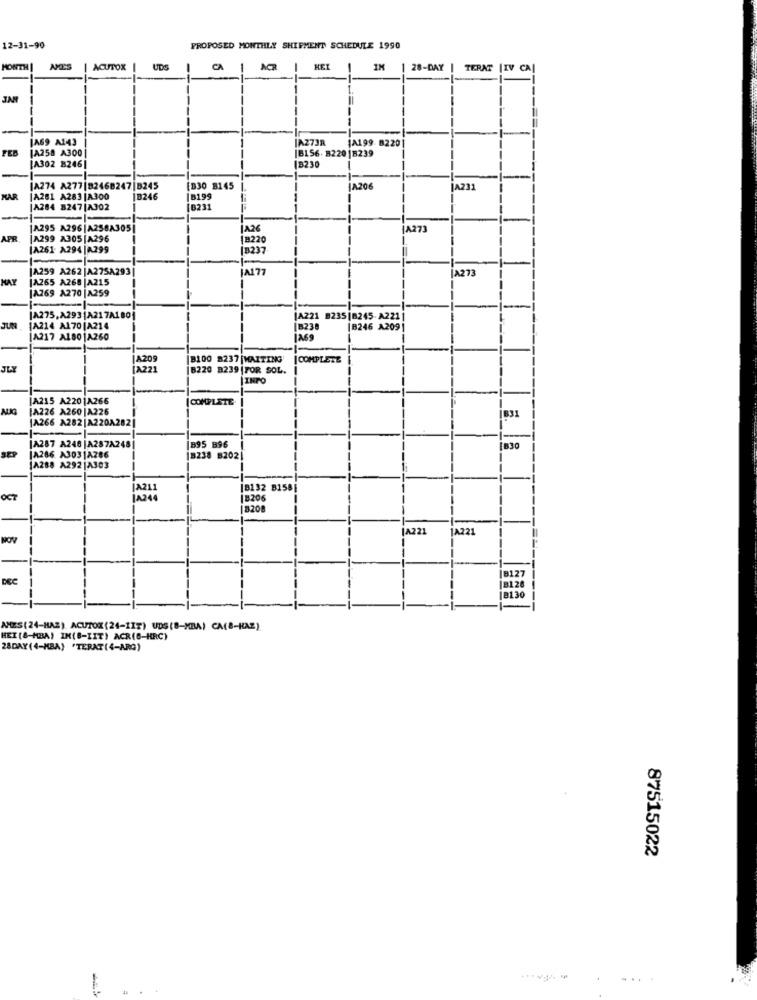
12-31-90
PROPOSED MONTHLY SHIPMENT SCHEDULE 1990
MONTH
ACUTOX
UDS
CA
ACR
HET
1M | 28-DAY
TERAT |IV CA
JA69 A143
A273R
A199 8220
FEB
JA258 A300
18156. B220|B239
JA302 8246
B230
A274 A277|8246B247|B245
D30 8145
JA206
A233
IA281 A283 |A300
1B246
|B199
A284 8247 |A302
[8231
1A295 A296|A258A305|
JA2
A271
APR
|A299 A305 |A296
|B220
|A261- A294 |A299
(B237
JA259 A262 |A275A293
JA177
A273
HAY
[A265 A268 |A215
|A269 A270 |A259
JA275,A293|A217A1801
[A221 #235|8245-A221
JUN
1A214 A170 |A214
18238
[B246 A209|
A217 A1801A260
A209
B100 8237 |WAITING
| COMPLETE
[A221
|8220 8239 |FOR SOL.
INPO
JA215 A2201A266
COMPLETE
[A226 A260 |A226
1A266 A282 |A220A2821
831
JA287 A246 |A287A248|
B95 B96
830
[A286 A3031A286
B238 B202|
A288 A292 |A303
A211
|8132 B158
OCT
JA244
[8206
8208
A221
JA221
B127
18120
j8130
AMIES(24-HAZ) ACUTOX(24-1IT) UDS(8-MBA) CA(8-HAZ)
HEI (8-MBA) IM(B-IIT) ACR(8-HRC)
28DAY (4-MBA) 'TERAT(4-ARG)
87515022